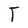
Character: T